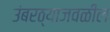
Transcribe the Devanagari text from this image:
उंबरठ्याजवळील